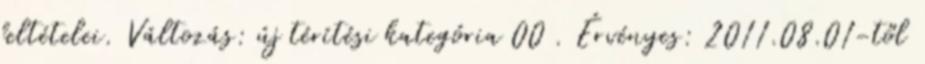
feltételei. Változás: új térítési kategória 00 . Érvényes: 2011.08.01-től